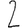
Digit: 2